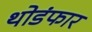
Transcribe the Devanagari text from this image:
थोडंफार